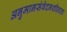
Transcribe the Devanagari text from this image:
अनुमानसंवेदनशीलता